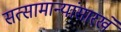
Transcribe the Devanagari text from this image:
सत्सामान्यांसारखे